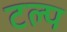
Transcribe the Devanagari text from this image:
टल्प